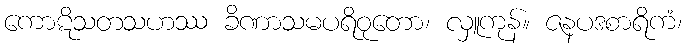
ကောဋိသတသဟဿ ခိဏာသမပရိဝုတော၊ လှူကုန်။ ဇနပဒစာရိကံ၊